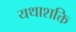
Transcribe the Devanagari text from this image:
यथाशक्ति